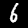
Label: 6